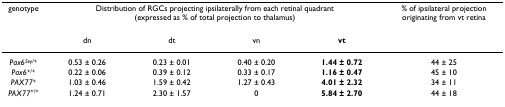
<table><thead><tr><td><b>genotype</b></td><td colspan="4"><b>Distribution of RGCs projecting ipsilaterally from each retinal quadrant (expressed as % of total projection to thalamus)</b></td><td><b>% of ipsilateral projection originating from vt retina</b></td></tr><tr><td></td><td><b>dn</b></td><td><b>dt</b></td><td><b>vn</b></td><td><b>vt</b></td><td></td></tr></thead><tbody><tr><td><i>Pax6</i><sup><i>Sey</i>/+</sup></td><td>0.53 ± 0.26</td><td>0.23 ± 0.01</td><td>0.40 ± 0.20</td><td><b>1.44 ± 0.72</b></td><td>44 ± 25</td></tr><tr><td><i>Pax6</i><sup>+/+</sup></td><td>0.22 ± 0.06</td><td>0.39 ± 0.12</td><td>0.33 ± 0.17</td><td><b>1.16 ± 0.47</b></td><td>45 ± 10</td></tr><tr><td><i>PAX77</i><sup>+</sup></td><td>1.03 ± 0.46</td><td>1.59 ± 0.42</td><td>1.27 ± 0.43</td><td><b>4.01 ± 2.32</b></td><td>34 ± 11</td></tr><tr><td><i>PAX77</i><sup>+/+</sup></td><td>1.24 ± 0.71</td><td>2.30 ± 1.57</td><td>0</td><td><b>5.84 ± 2.70</b></td><td>44 ± 18</td></tr></tbody></table>